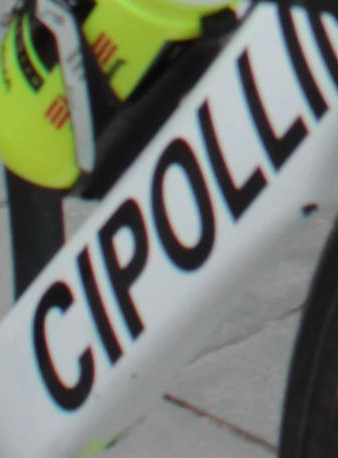
CIPOLL